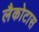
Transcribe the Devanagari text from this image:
लैकोटास